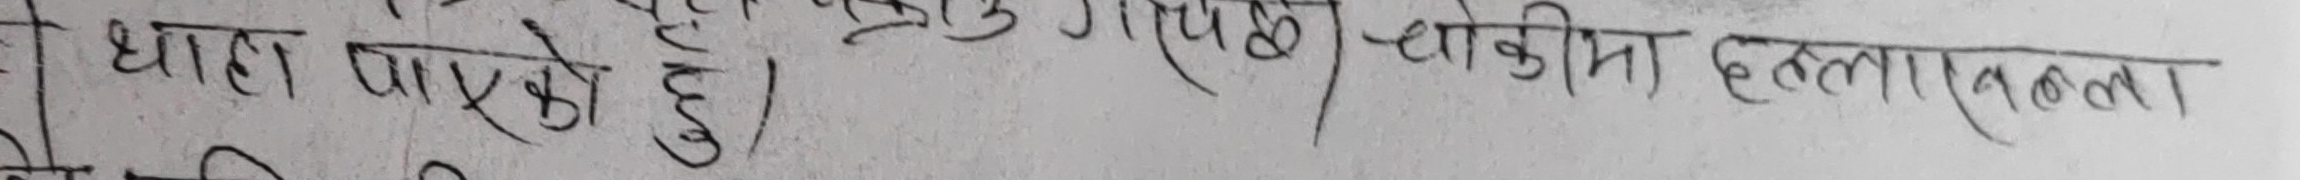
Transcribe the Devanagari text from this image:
थाहा पाएको छु ) - चौकीमा हल्लाखल्ला